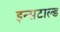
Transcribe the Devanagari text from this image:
इन्सटाल्ड